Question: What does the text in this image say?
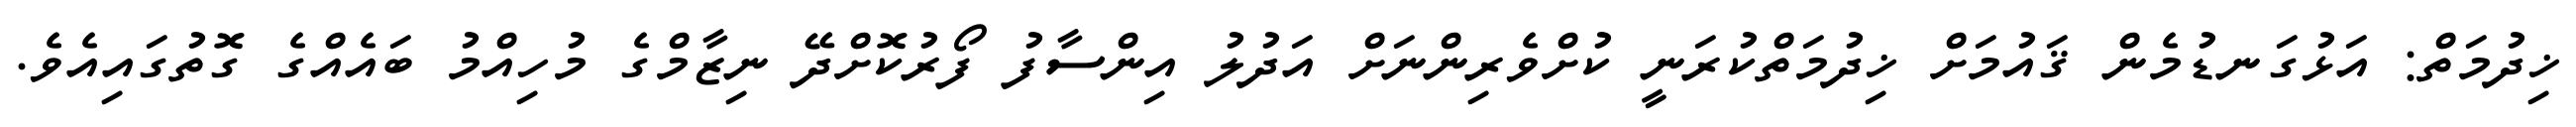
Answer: ޚިދުމަތް: އަޅުގަނޑުމެން ޤައުމަށް ޚިދުމަތްކުރަނީ ކުށްވެރިންނަށް އަދުލު އިންސާފު ފޯރުކޮށްދޭ ނިޒާމްގެ މުހިއްމު ބައެއްގެ ގޮތުގައިއެވެ.